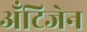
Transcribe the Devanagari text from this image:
ॲंटिजेन